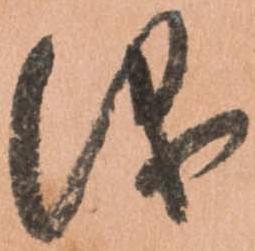
儀